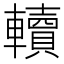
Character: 𨏔